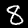
Label: 8